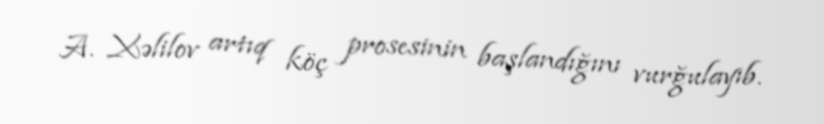
A. Xəlilov artıq köç prosesinin başlandığını vurğulayıb.